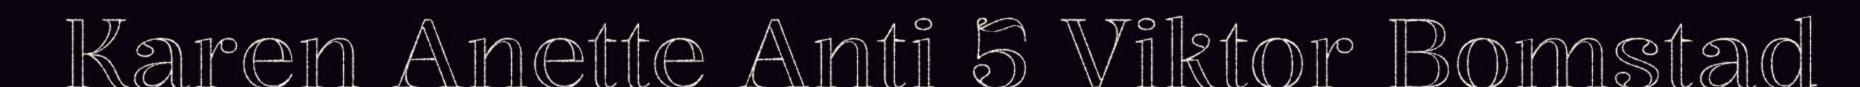
Karen Anette Anti 5 Viktor Bomstad